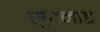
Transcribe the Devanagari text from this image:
सुरमाड